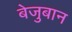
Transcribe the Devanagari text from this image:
बेजुबान